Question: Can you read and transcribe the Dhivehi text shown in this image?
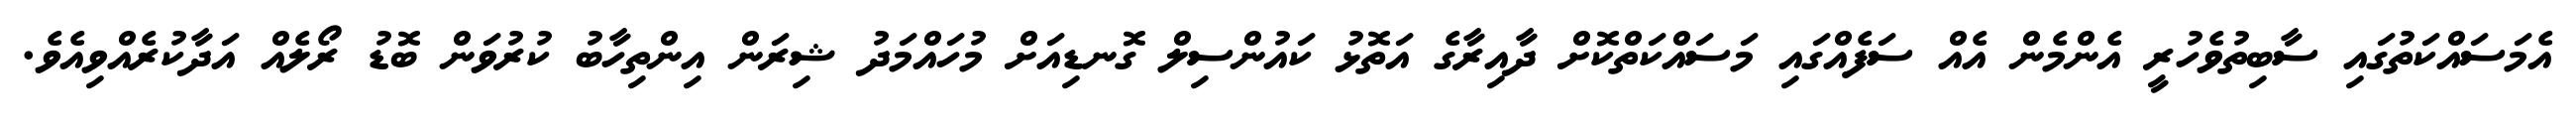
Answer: އެމަސައްކަތުގައި ސާބިތުވެހުރީ އެންމެން އެއް ސަފެއްގައި މަސައްކަތްކޮށް ދާއިރާގެ އަތޮޅު ކައުންސިލް ގޮނޑިއަށް މުހައްމަދު ޝިރަން އިންތިހާބު ކުރުވަން ބޮޑު ރޯލެއް އަދާކުރެއްވިއެވެ.